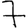
Digit: 7